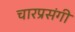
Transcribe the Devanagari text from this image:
चारप्रसंगी